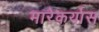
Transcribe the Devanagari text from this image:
मारेकर्यास